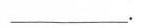
____。